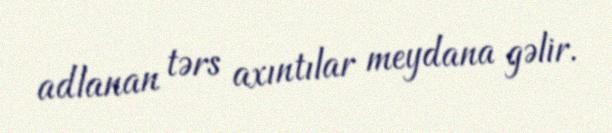
adlanan tərs axıntılar meydana gəlir.